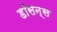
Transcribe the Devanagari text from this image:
डॉसन्स